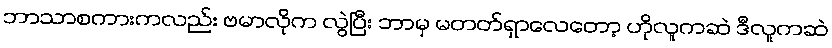
ဘာသာစကားကလည်း ဗမာလိုက လွဲပြီး ဘာမှ မတတ်ရှာလေတော့ ဟိုလူကဆဲ ဒီလူကဆဲ